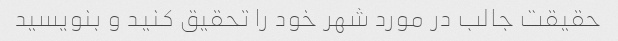
حقیقت جالب در مورد شهر خود را تحقیق کنید و بنویسید